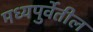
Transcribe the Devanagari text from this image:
मध्यपुर्वेतील